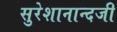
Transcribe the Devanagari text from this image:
सुरेशानान्दजी